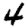
Digit: 4